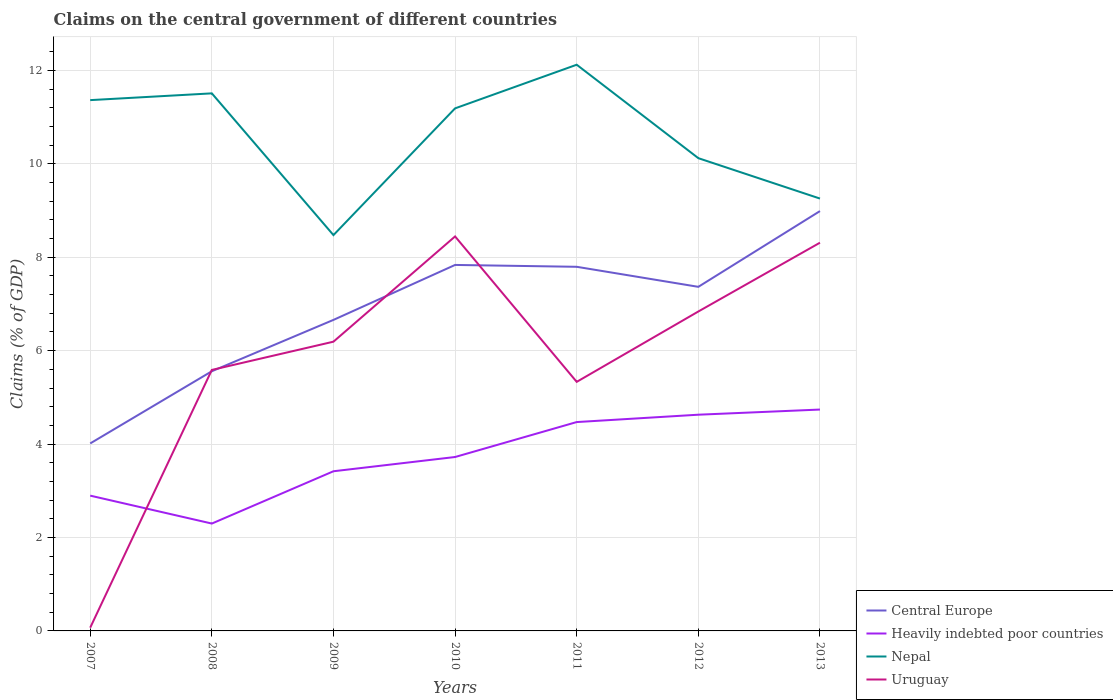
| Years | Central Europe | Heavily indebted poor countries | Nepal | Uruguay |
 | --- | --- | --- | --- | --- |
 | 2007 | 4.01 | 2.9 | 11.4 | 0.0692 |
 | 2008 | 5.56 | 2.3 | 11.5 | 5.59 |
 | 2009 | 6.66 | 3.42 | 8.47 | 6.19 |
 | 2010 | 7.84 | 3.72 | 11.2 | 8.45 |
 | 2011 | 7.8 | 4.47 | 12.1 | 5.33 |
 | 2012 | 7.37 | 4.63 | 10.1 | 6.84 |
 | 2013 | 8.99 | 4.74 | 9.26 | 8.31 |